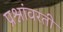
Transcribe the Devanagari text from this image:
प्रश्नांवरती